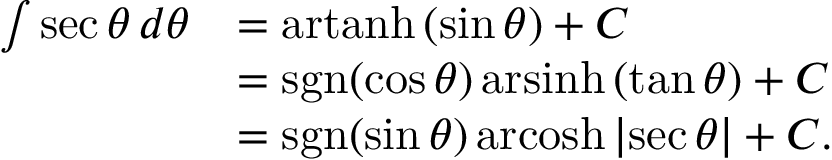
{ \begin{array} { r l } { \int \sec \theta \, d \theta } & { = \operatorname { a r t a n h } \left( \sin \theta \right) + C } \\ & { = \operatorname { s g n } ( \cos \theta ) \operatorname { a r s i n h } \left( \tan \theta \right) + C } \\ & { = \operatorname { s g n } ( \sin \theta ) \operatorname { a r c o s h } { \left| \sec \theta \right| } + C . } \end{array} }